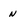
Character: n